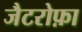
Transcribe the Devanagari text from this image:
जैटरोफ़ा